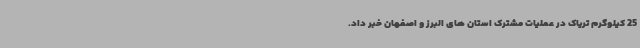
25 کیلوگرم تریاک در عملیات مشترک استان های البرز و اصفهان خبر داد.